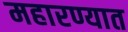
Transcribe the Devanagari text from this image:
महारण्यात